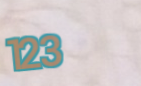
123